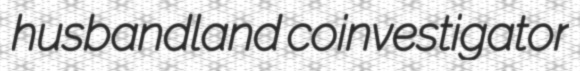
husbandland coinvestigator